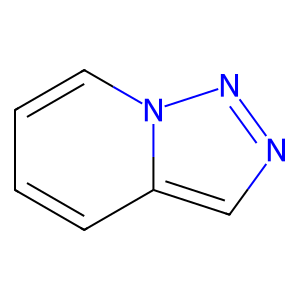
SMILES: c1ccn2nncc2c1
Inhibits HIV replication: No